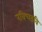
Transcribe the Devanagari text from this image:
रविच्छवि